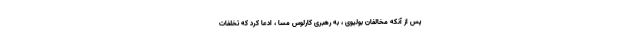
پس از آنکه مخالفان بولیوی ، به رهبری کارلوس مسا ، ادعا کرد که تخلفات